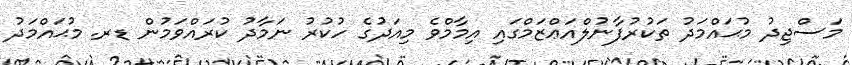
މަސްޖިދު މުޙައްމަދު ތަކުރުފާނުލްއަޢްޒަމްގައި އިމާމްވެ މިއަދުގެ ހުކުރު ނަމާދު ކުރައްވަމުން ޑރ. މުޙައްމަދު